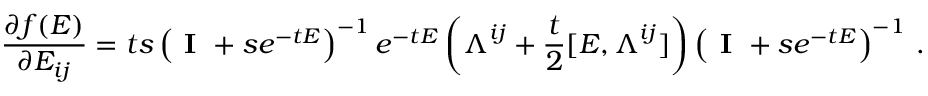
\frac { \partial f ( \boldsymbol { E } ) } { \partial E _ { i j } } = t s \left( \textbf { I } + s e ^ { - t \boldsymbol { E } } \right) ^ { - 1 } e ^ { - t \boldsymbol { E } } \left( \boldsymbol { \Lambda } ^ { i j } + \frac { t } { 2 } [ \boldsymbol { E } , \boldsymbol { \Lambda } ^ { i j } ] \right) \left( \textbf { I } + s e ^ { - t \boldsymbol { E } } \right) ^ { - 1 } \, .